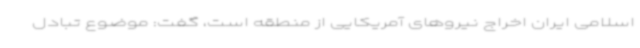
اسلامی ایران اخراج نیروهای آمریکایی از منطقه است، گفت: موضوع تبادل